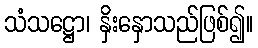
သံသဋ္ဌော၊ နှိးနှောသည်ဖြစ်၍။